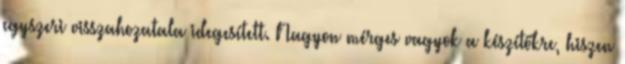
egyszeri visszahozatala idegesített. Nagyon mérges vagyok a készítőkre, hiszen